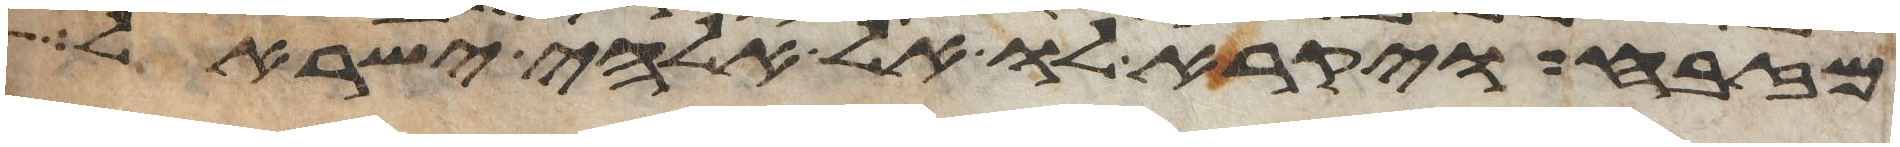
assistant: מזבח ויקרא לו אל אלהי ישראל